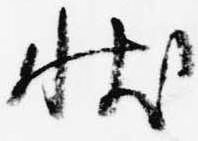
状